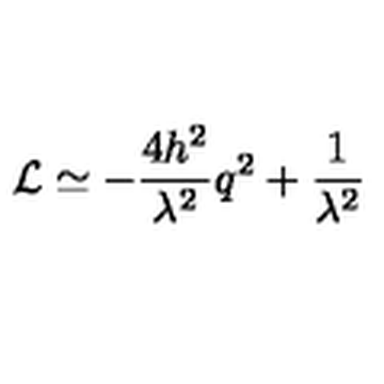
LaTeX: { \cal L } \simeq - \frac { 4 h ^ { 2 } } { \lambda ^ { 2 } } q ^ { 2 } + \frac { 1 } { \lambda ^ { 2 } }